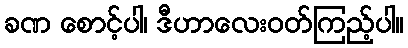
ခဏ စောင့်ပါ၊ ဒီဟာလေးဝတ်ကြည့်ပါ။